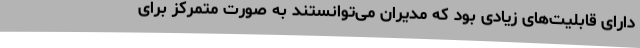
دارای قابلیت‌های زیادی بود که مدیران می‌توانستند به صورت متمرکز برای